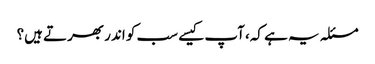
مسئلہ یہ ہے کہ، آپ کیسے سب کو اندر بھرتے ہیں؟